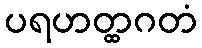
ပရဟတ္ထဂတံ